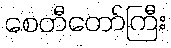
စေတီတော်ကြီး